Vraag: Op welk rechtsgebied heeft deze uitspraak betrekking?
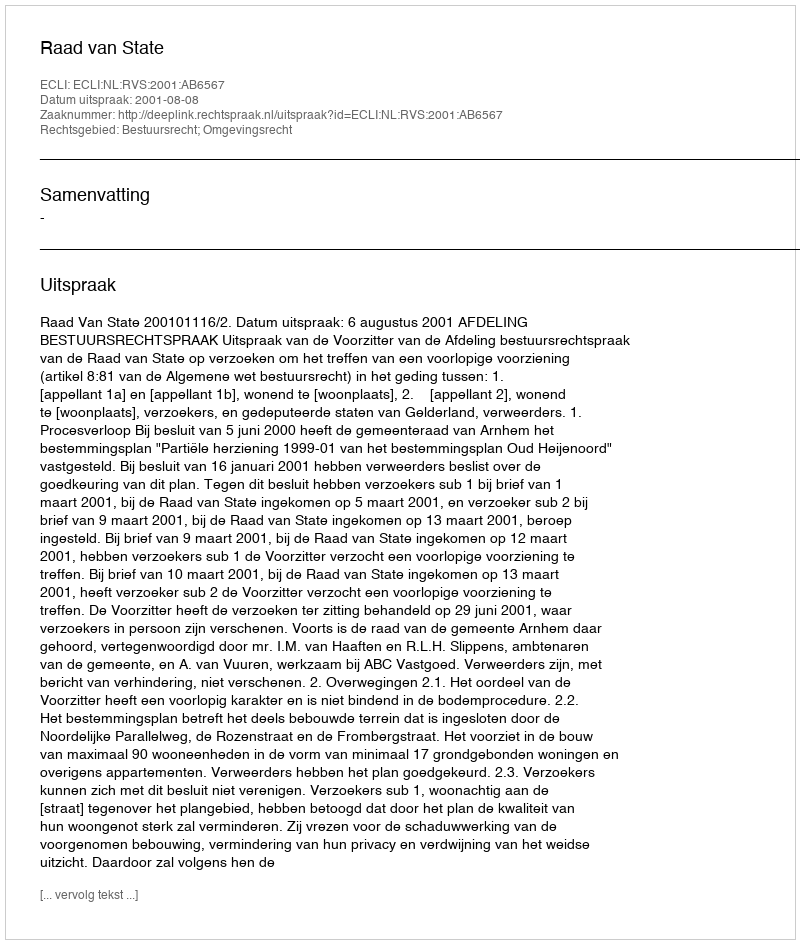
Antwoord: Bestuursrecht; Omgevingsrecht